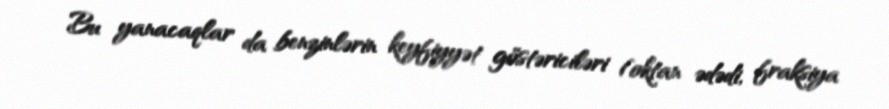
Bu yanacaqlar da benzinlərin keyfiyyət göstəriciləri (oktan ədədi, fraksiya